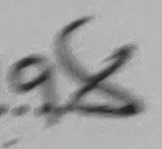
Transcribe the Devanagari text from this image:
के